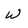
Character: W